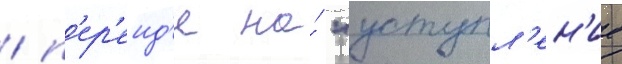
/ п'ер'еид'я на́ "уступл'ен'ие